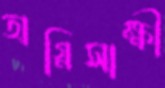
অগ্নিসাক্ষী